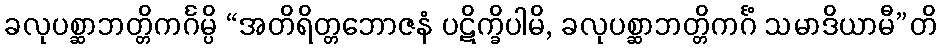
ခလုပစ္ဆာဘတ္တိကင်္ဂမ္ပိ “အတိရိတ္တဘောဇနံ ပဋိက္ခိပါမိ, ခလုပစ္ဆာဘတ္တိကင်္ဂံ သမာဒိယာမီ”တိ